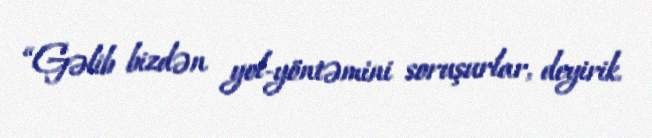
“Gəlib bizdən yol-yöntəmini soruşurlar, deyirik.